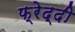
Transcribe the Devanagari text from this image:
फ्रेद्दी